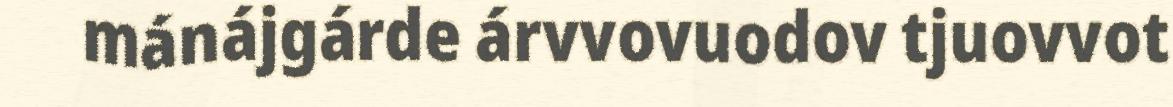
mánájgárde árvvovuodov tjuovvot